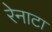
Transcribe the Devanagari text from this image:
रेनाटा